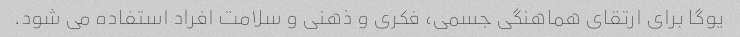
یوگا برای ارتقای هماهنگی جسمی، فکری و ذهنی و سلامت افراد استفاده می شود.